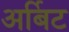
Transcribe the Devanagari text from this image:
अर्बिट